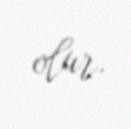
olur.